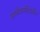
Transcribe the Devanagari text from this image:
समर्थवाग्मंदिरातील